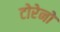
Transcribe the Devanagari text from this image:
टोरेनो